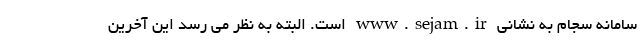
سامانه سجام به نشانی www.sejam.ir است. البته به نظر می رسد این آخرین